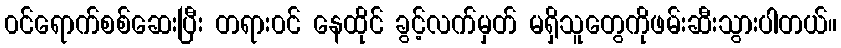
၀င်ရောက်စစ်ဆေးပြီး တရား၀င် နေထိုင် ခွင့်လက်မှတ် မရှိသူတွေကိုဖမ်းဆီးသွားပါတယ်။